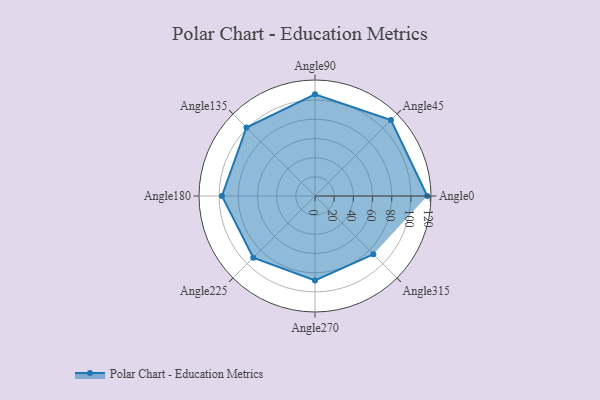
{"axis": {"x": "Angle", "y": "Radius"}, "legend": [""], "data": [{"x": "Angle0", "y": 117.0, "type": ""}, {"x": "Angle45", "y": 112.0, "type": ""}, {"x": "Angle90", "y": 106.0, "type": ""}, {"x": "Angle135", "y": 101.0, "type": ""}, {"x": "Angle180", "y": 97.0, "type": ""}, {"x": "Angle225", "y": 91.0, "type": ""}, {"x": "Angle270", "y": 88.0, "type": ""}, {"x": "Angle315", "y": 86.0, "type": ""}]}